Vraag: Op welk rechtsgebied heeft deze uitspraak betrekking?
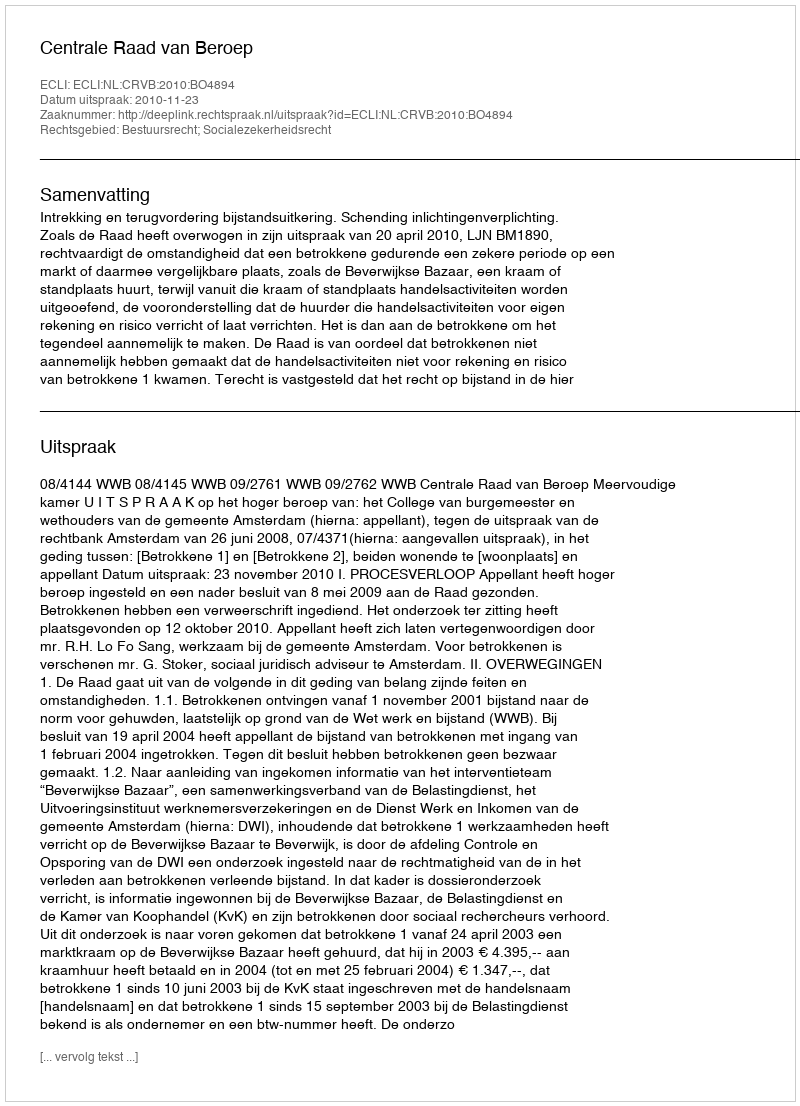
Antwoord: Bestuursrecht; Socialezekerheidsrecht